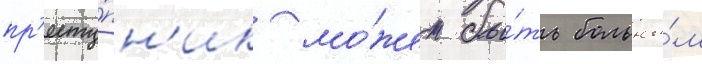
пр'есту́пн'ик мо́жет бы́ть больны́м